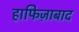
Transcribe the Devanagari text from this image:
हाफिज़ाबाद